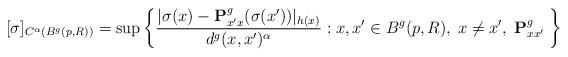
LaTeX: \begin{align*}[\sigma]_{C^{\alpha}(B^g(p,R))} = \sup \left\{\frac{|\sigma(x) - \mathbf{P}^g_{x'x}(\sigma(x'))|_{h(x)}}{d^g(x,x')^\alpha} : x, x' \in B^g(p,R), \;x\neq x',\;\mathbf{P}^g_{xx'}\;\right\}\end{align*}